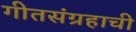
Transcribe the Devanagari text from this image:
गीतसंग्रहाची